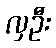
လှဦး